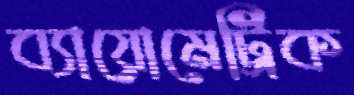
ব্যায়োমেট্রিক